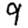
Digit: 9